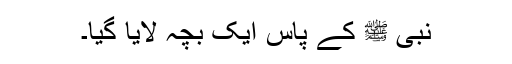
نبی ﷺ کے پاس ایک بچہ لایا گیا۔